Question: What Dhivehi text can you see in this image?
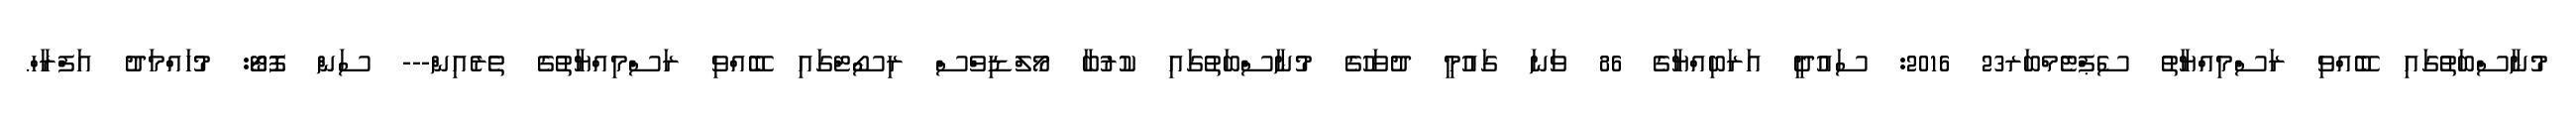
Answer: މުނާސްބަތުގައި ބޭއްވި ރަސްމިއްޔާތު ސެޕްޓެމްބަރ23 2016: ސައުދީ އަރަބިއްޔާގެ 86 ވަނަ ގައުމީ ދުވަހުގެ މުނާސްބަތުގައި ކުރުބާ މޯލްޑިވްސް ރިސޯޓްގައި ބޭއްވި ރަސްމިއްޔާތުގެ ތެރެއިން--- ސަން ފޮޓޯ: މުހައްމަދު އަފްރާހް.